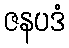
ဇနပဒံ